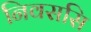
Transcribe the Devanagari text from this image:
निवससि